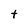
Character: t